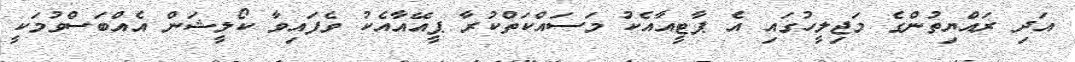
އަދި ރައްޔިތުންގެ މަޖިލީހުގައި އެ ޕާޓީއާއެކު މަސައްކަތްކުރާ ޕީއޭއާއެކު ވެފައިވާ ކޯލީޝަން އެއްބަސްވުމަކީ